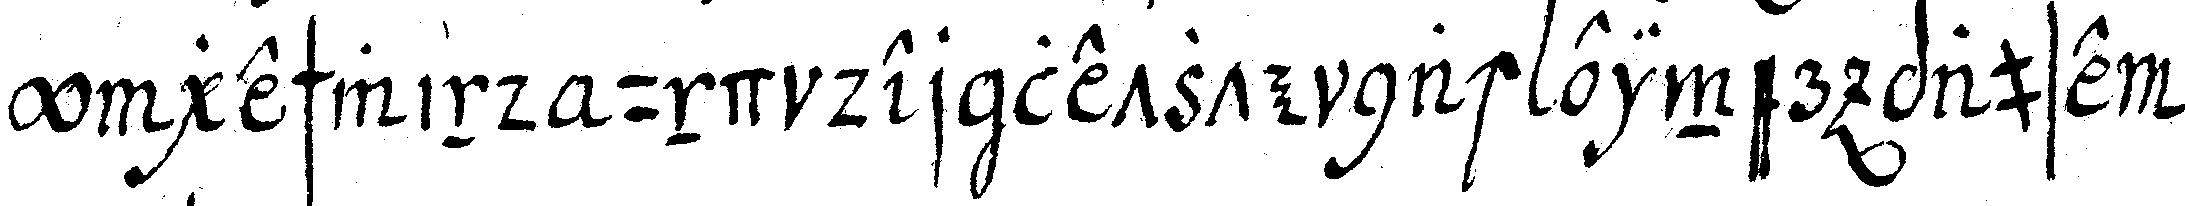
y geschwind und der letzte nach einer pause